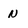
Character: N